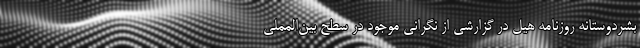
بشردوستانه روزنامه هیل در گزارشی از نگرانی موجود در سطح بین‌المملی